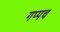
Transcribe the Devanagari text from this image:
गप्पच